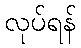
လုပ်ရန်